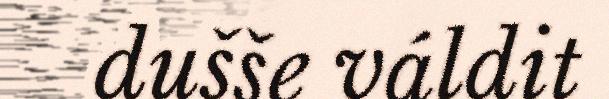
dušše váldit